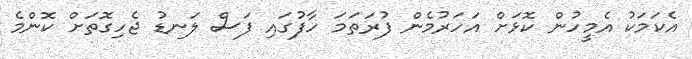
އެކަމަކު އެމީހުން ކޮޅަށް އަހަރުމެން ފުރަތަމަ ހާފުގައި ފަސް ލަނޑު ޖެހިގޮތަށް ކޮންމެ